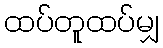
ထပ်တူထပ်မျှ